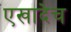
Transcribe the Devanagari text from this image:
एखादेच